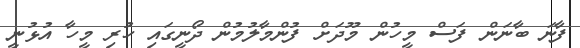
ފާނަ ބާނަން ފަސް މީހުން މޫދަށް ފުންމާލުމުން ދޯނީގައި ހުރި މީހާ އުޅުނީ